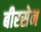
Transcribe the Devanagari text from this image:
बीरसेन